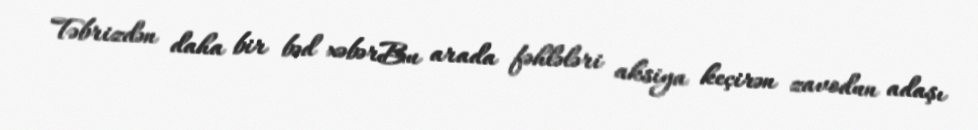
Təbrizdən daha bir bəd xəbərBu arada fəhlələri aksiya keçirən zavodun adaşı